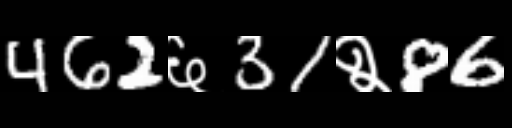
Text: 462६31२86